Madras plague regulations in force outside the Presidency town - Volume 2
Disease focus: Plague
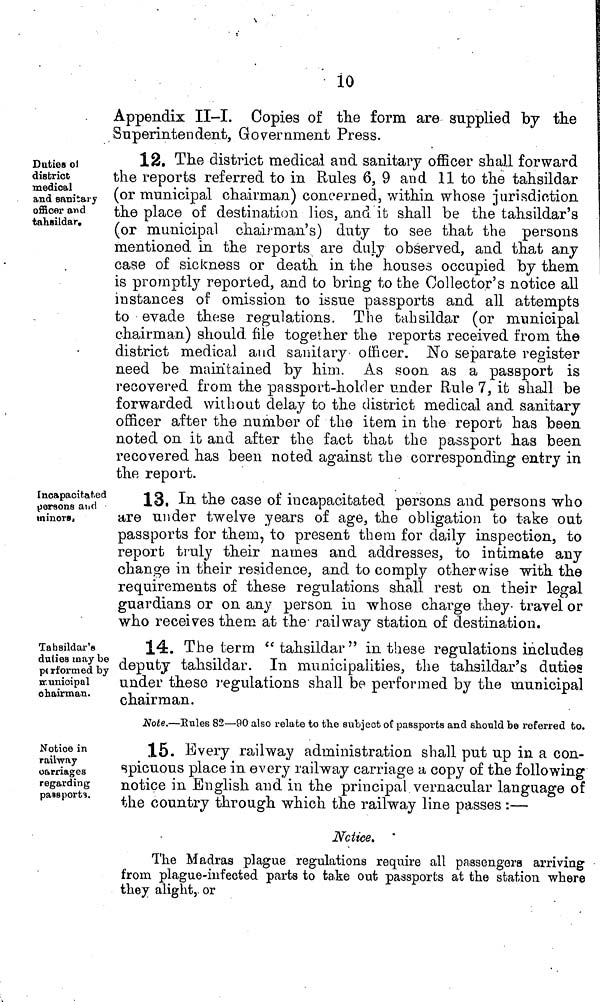
10
Appendix II-I.
Copies of the form are supplied by the
Superintendent, Government Press.
Duties of
district
medical
and sanitary
officer and
tahsildar.
12. The district medical and sanitary officer shall forward
the reports referred to in Rules 6, 9 and 11 to the tahsildar
(or municipal chairman) concerned, within whose jurisdiction
the place of destination lies, and it shall be the tahsildar's
(or municipal chairman's) duty to see that the persons
mentioned in the reports are duly observed, and that any
case of sickness or death in the houses occupied by them
is promptly reported, and to bring to the Collector's notice all
instances of omission to issue passports and all attempts
to evade these regulations. The tahsildar (or municipal
chairman) should file together the reports received from the
district medical and sanitary officer. No separate register
need be maintained by him. As soon as a passport is
recovered from the passport-holder under Rule 7, it shall be
forwarded without delay to the district medical and sanitary
officer after the number of the item in the report has been
noted on it and after the fact that the passport has been
recovered has been noted against the corresponding entry in
the report.
Incapacitated
persons and
minors.
13, In the case of incapacitated persons and persons who
are under twelve years of age, the obligation to take out
passports for them, to present them for daily inspection, to
report truly their names and addresses, to intimate any
change in their residence, and to comply otherwise with the
requirements of these regulations shall rest on their legal
guardians or on any person in whose charge they travel or
who receives them at the railway station of destination.
Tahsildar's
duties may be
performed by
municipal
chairman.
14. The term " tahsildar " in these regulations includes
deputy tahsildar. In municipalities, the tahsildar's duties
under these regulations shall be performed by the municipal
chairman.
Note.—Rules 82—90 also relate to the subject of passports and should be referred to.
Notice in
railway
carriages
regarding
passport's.
15. Every railway administration shall put up in a con-
spicuous place in every railway carriage a copy of the following
notice in English and in the principal vernacular language of
the country through which the railway line passes :—
Notice.
The Madras plague regulations require all passengers arriving
from plague-infected parts to take out passports at the station where
they alight, or